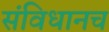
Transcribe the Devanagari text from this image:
संविधानच